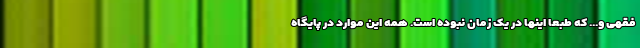
فقهی و... که طبعا اینها در یک زمان نبوده است. همه این موارد در پایگاه